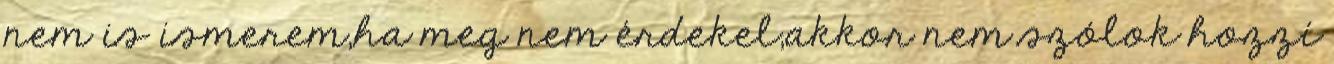
nem is ismerem,ha meg nem érdekel,akkor nem szólok hozzí